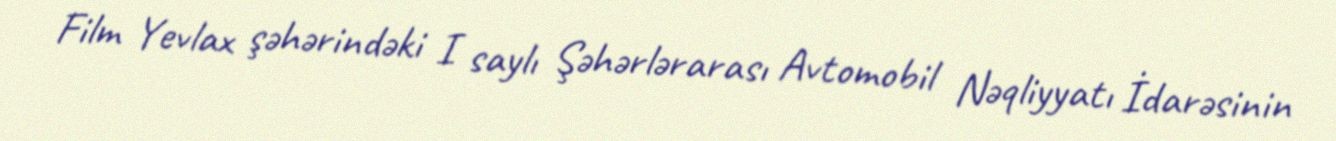
Film Yevlax şəhərindəki I saylı Şəhərlərarası Avtomobil Nəqliyyatı İdarəsinin